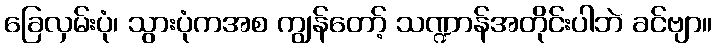
ခြေလှမ်းပုံ၊ သွားပုံကအစ ကျွန်တော့် သဏ္ဍာန်အတိုင်းပါဘဲ ခင်ဗျာ။